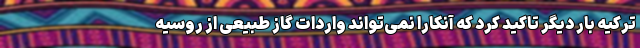
ترکیه بار دیگر تاکید کرد که آنکارا نمی‌تواند واردات گاز طبیعی از روسیه